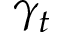
\gamma _ { t }